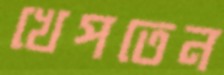
খেপতেন